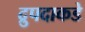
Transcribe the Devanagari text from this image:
द्रुपदाकडे